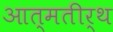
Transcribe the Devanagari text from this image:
आत्मतीर्थ